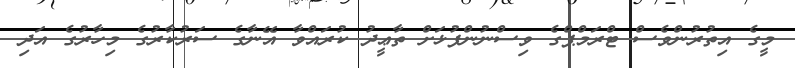
މީގެ އިތުރުންވެސް ޓްރަމްޕްގެ ވިސްނުންފުޅަށް ތާޢީދު ކުރައްވާ އޭނާގެ ސަރުކާރުގެ މިހާރުގެ އަދި